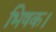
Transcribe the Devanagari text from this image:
भिषक।